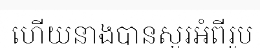
ហើយនាងបានសួរអំពីរូប